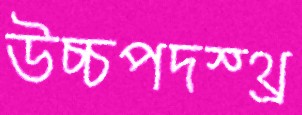
উচ্চপদস্থ্র